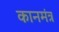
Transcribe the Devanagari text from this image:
कानमंत्र